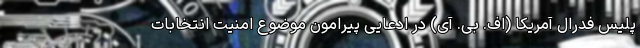
پلیس فدرال آمریکا (اف. بی. آی) در ادعایی پیرامون موضوع امنیت انتخابات